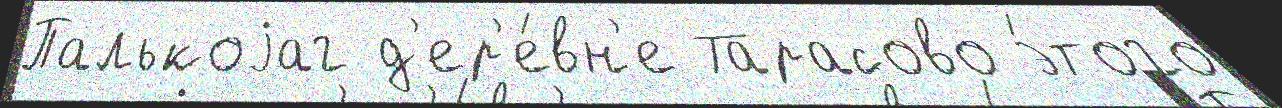
Палькоjаг д'ер'е́вн'е Тарасово э́того